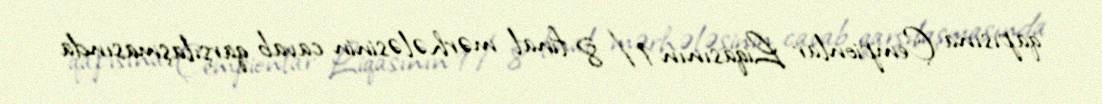
qapısına Çempionlar Liqasının 1/8 final mərhələsinin cavab qarşılaşmasında